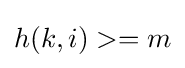
h(k,i)>=m